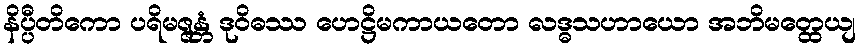
နိပ္ပီတိကော ပရိမဇ္ဇန္တံ ဒုဝိဓဿ ဟေဋ္ဌိမကာယတော လဒ္ဓသဟာယော အဘိမတ္ထေယျ